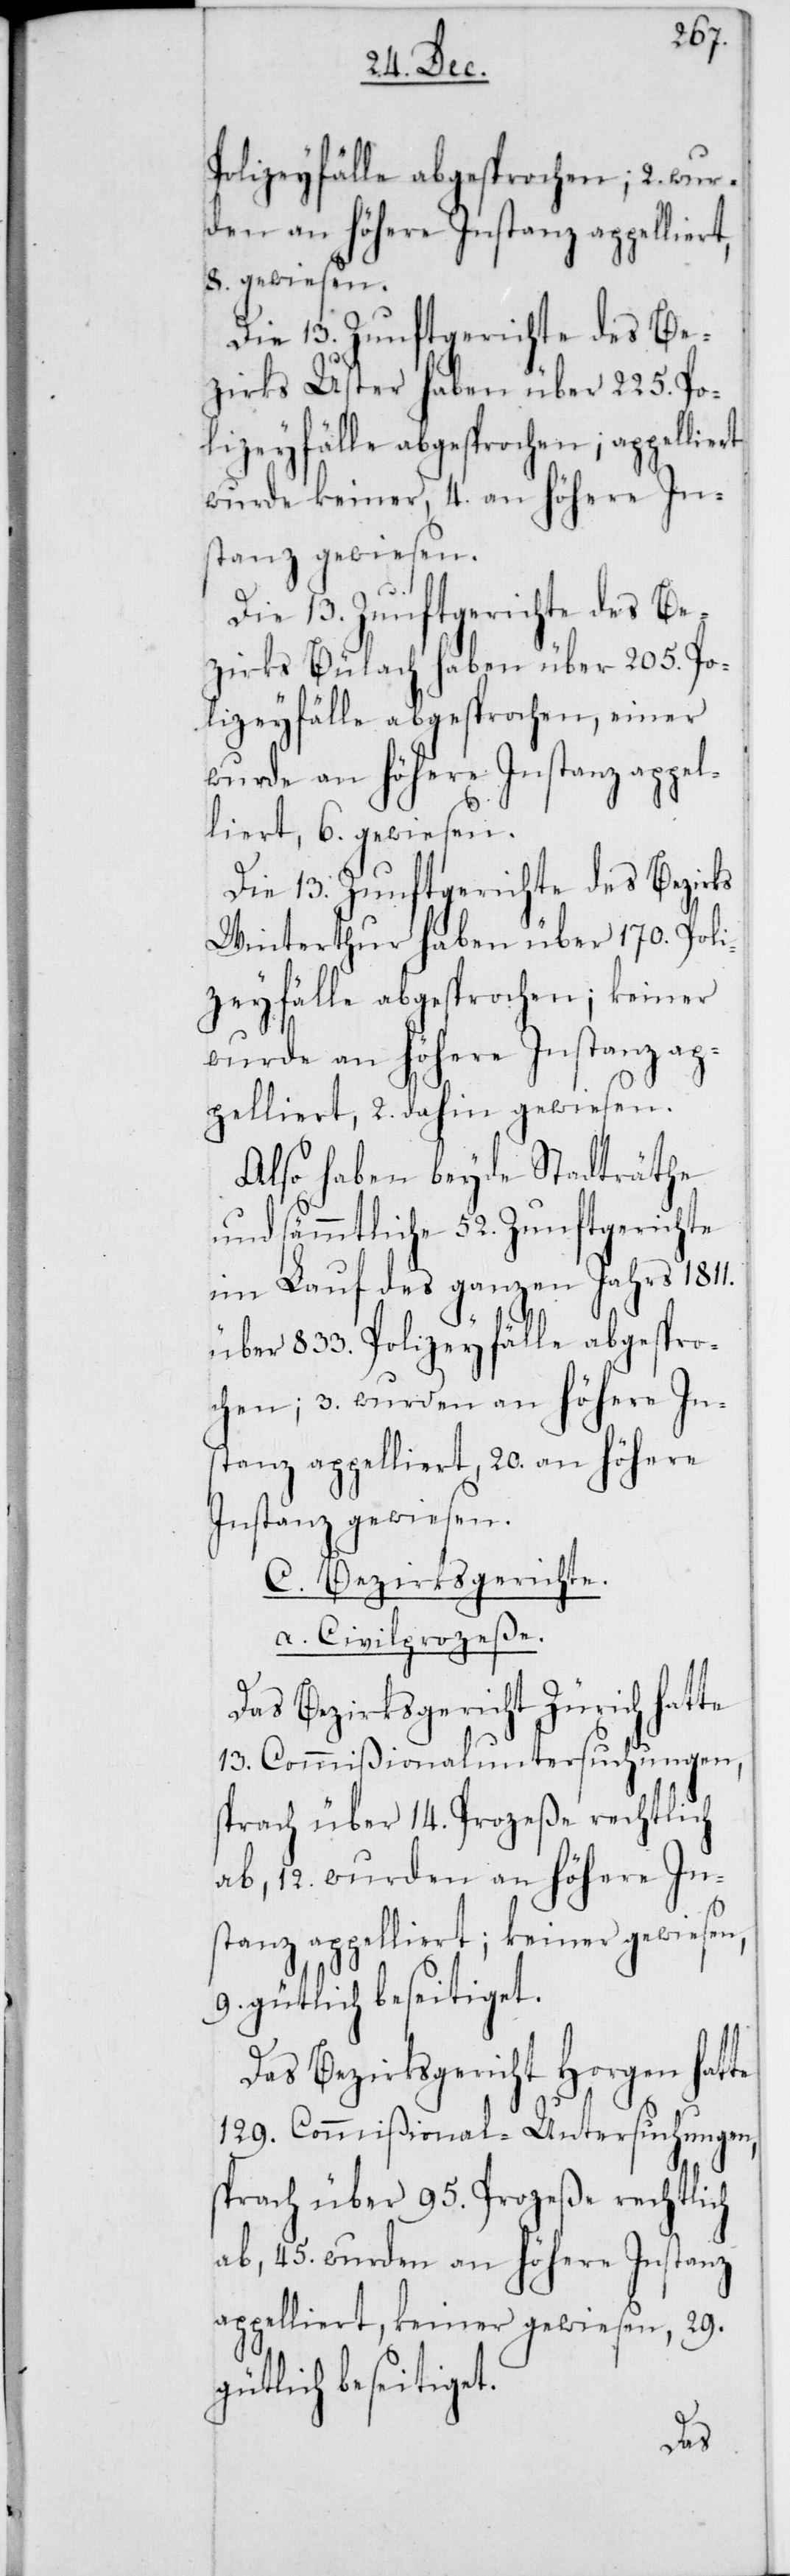
Polizeyfälle abgesprochen; 2. wur¬
den an höhere Instanz appelliert,
8. gewiesen.
Die 13. Zunftgerichte des Be¬
zirks Uster haben über 225. Po¬
lizeyfälle abgesprochen; appelli¬
wurde keiner, 4. an höhere In¬
stanz gewiesen.
Die 13. Zunftgerichte des Be¬
zirks Bülach haben über 205. Po¬
lizeyfälle abgesprochen, einer
wurde an höhere Instanz appel¬
liert, 6. gewiesen.
Die 13. Zunftgerichte des Bezirks
Winterthur haben über 170. Poli¬
zeyfälle abgesprochen; keiner
wurde an höhere Instanz ap¬
pelliert, 2. dahin gewiesen.
Also haben beyde Stadträthe
und sämmtliche 52. Zunftgerichte
im Lauf des ganzen Jahrs 1811.
über 833. Polizeyfälle abgespro¬
chen; 3. wurden an höhere In¬
stanz appelliert, 20. an höhere
Instanz gewiesen.
C. Bezirksgerichte.
a. Civilpozeße.
Das Bezirksgericht Zürich hatte
13. Commißionaluntersuchungen,
sprach über 14. Prozeße rechtlich
ab, 12. wurden an höhere Ins¬
tanz appelliert; keiner gewiesen,
9. gütlich beseitiget.
Das Bezirksgericht Horgen hatte
129. Commißional-Untersuchungen,
sprach über 95. Prozeße rechtlich
ab, 45. wurden an höhere Instanz
appelliert, keiner gewiesen, 29.
gütlich beseitiget.
ert